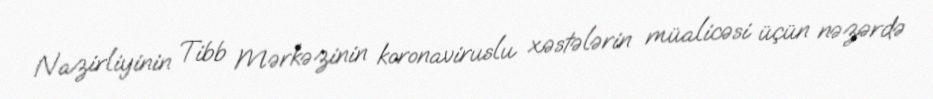
Nazirliyinin Tibb Mərkəzinin koronaviruslu xəstələrin müalicəsi üçün nəzərdə